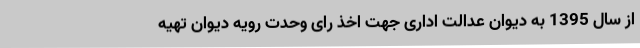
از سال 1395 به دیوان عدالت اداری جهت اخذ رای وحدت رویه دیوان تهیه